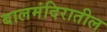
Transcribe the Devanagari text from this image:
बालमंदिरातील